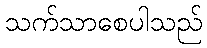
သက်သာစေပါသည်